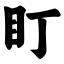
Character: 盯